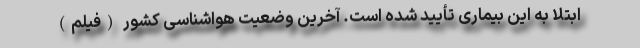
ابتلا به این بیماری تأیید شده است. آخرین وضعیت هواشناسی کشور (فیلم)